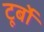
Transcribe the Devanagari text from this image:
टूर्बो